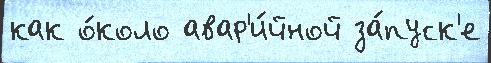
как о́коло авар'и́йной за́пуск'е